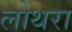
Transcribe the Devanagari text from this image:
लोथरा